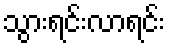
သွားရင်းလာရင်း